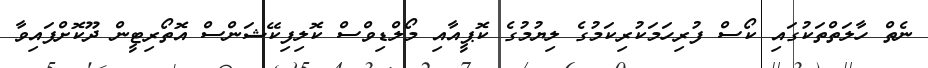
ނެތް ހާލަތްތަކުގައި ކޯސް ފުރިހަމަކުރިކަމުގެ ލިޔުމުގެ ކޮޕީއާއި މޯލްޑިވްސް ކޮލިފިކޭޝަންސް އޮތޯރިޓީން ދޫކޮށްފައިވާ